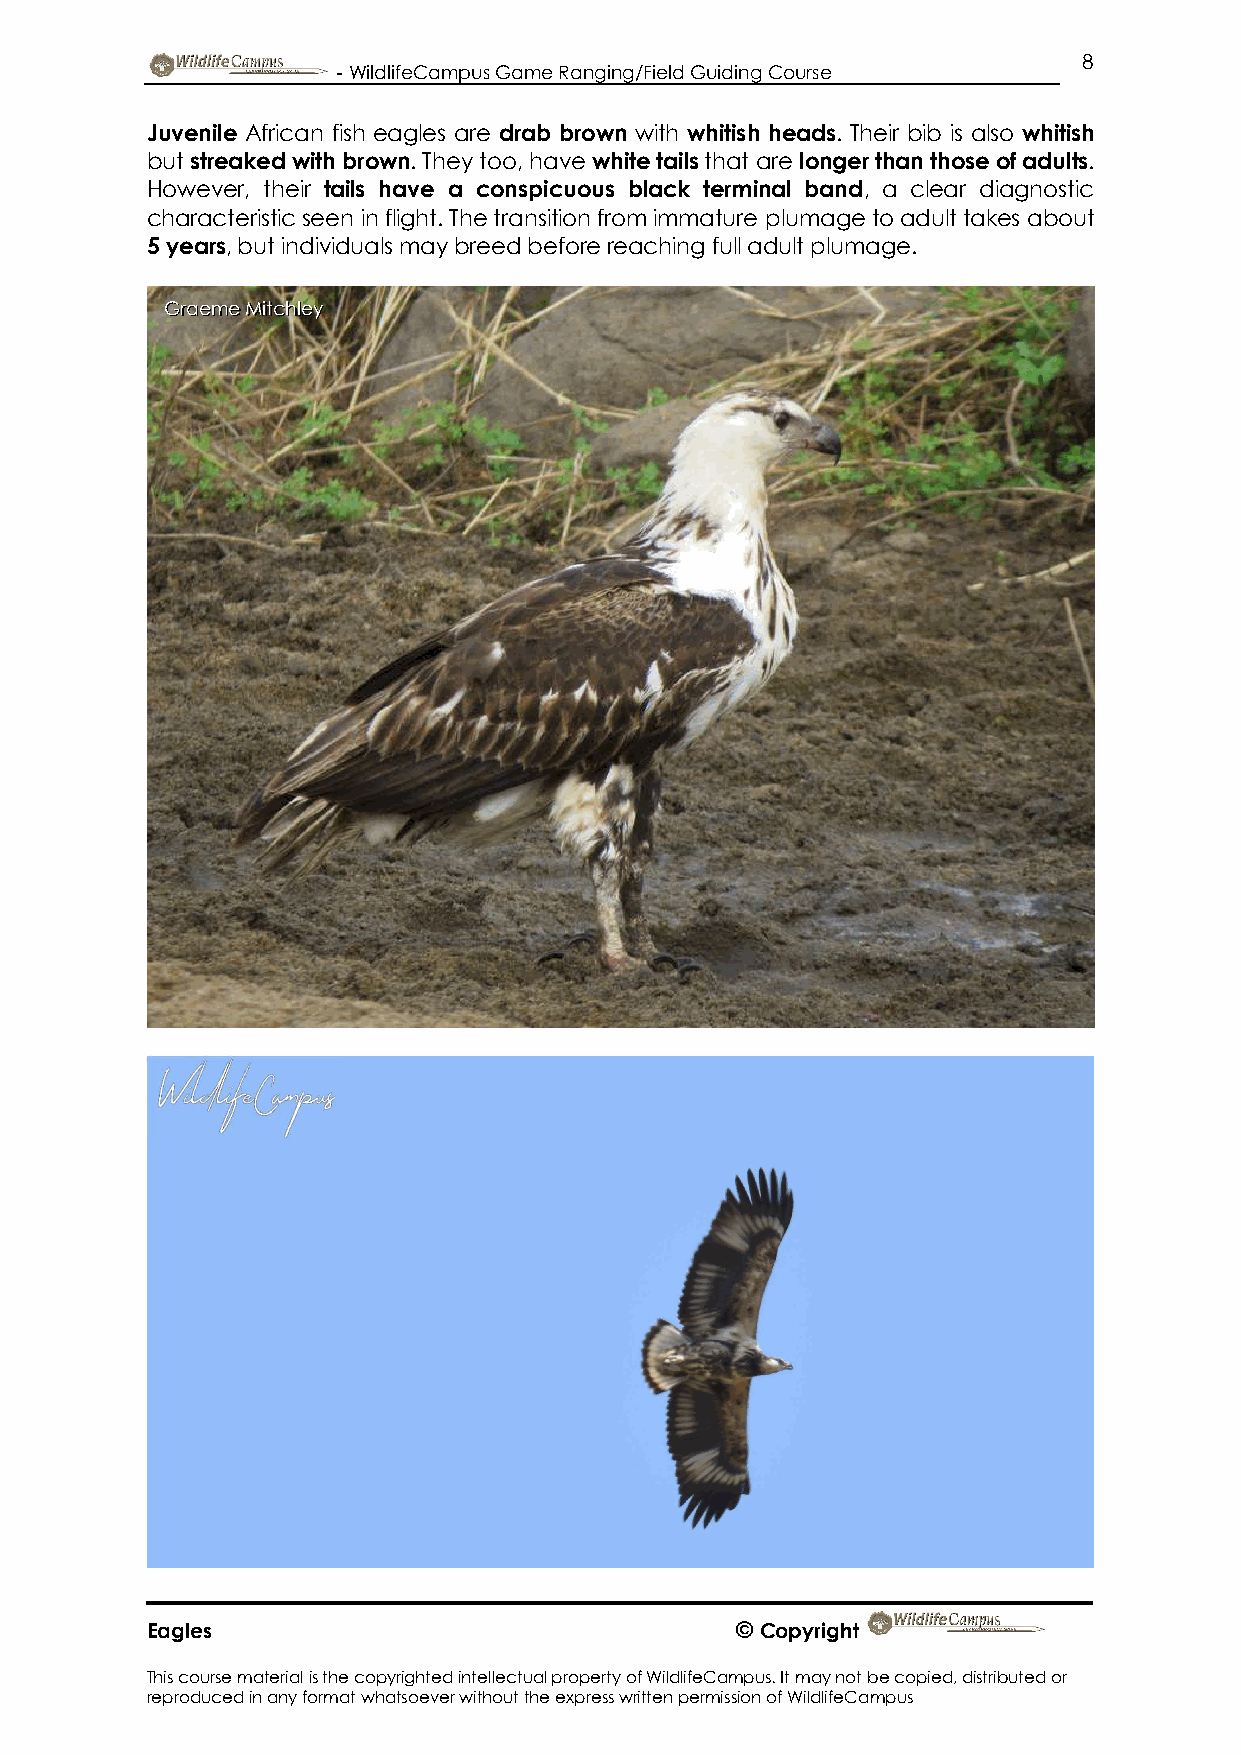
8
 - WildlifeCampus Game Ranging/Field Guiding Course
 Juvenile African fish eagles are drab brown with whitish heads. Their bib is also whitish
 but streaked with brown. They too, have white tails that are longer than those of adults.
 However, their tails have a conspicuous black terminal band, a clear diagnostic
 characteristic seen in flight. The transition from immature plumage to adult takes about
 5 years, but individuals may breed before reaching full adult plumage.
 Graeme Mitchley
 Eagles                                 © Copyright
 This course material is the copyrighted intellectual property of WildlifeCampus. It may not be copied, distributed or
 reproduced in any format whatsoever without the express written permission of WildlifeCampus